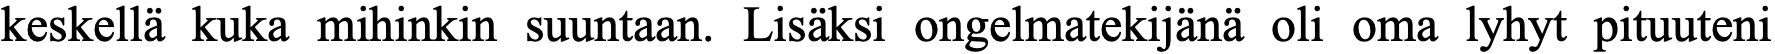
keskellä kuka mihinkin suuntaan. Lisäksi ongelmatekijänä oli oma lyhyt pituuteni